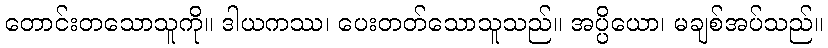
တောင်းတသောသူကို။ ဒါယကဿ၊ ပေးတတ်သောသူသည်။ အပ္ပိယော၊ မချစ်အပ်သည်။